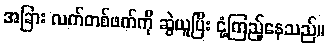
အခြား လက်တစ်ဖက်ကို ဆွဲယူပြီး ငုံ့ကြည့်နေသည်။